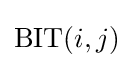
{\text{BIT}}(i,j)